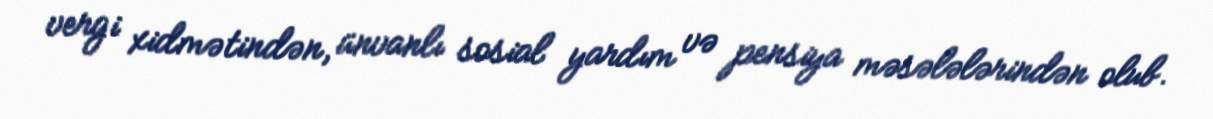
vergi xidmətindən, ünvanlı sosial yardım və pensiya məsələlərindən olub.